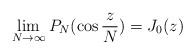
\begin{align*} \lim_{N \to \infty} P_N(\cos {\frac{z}{N}}) = J_0(z)\end{align*}